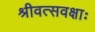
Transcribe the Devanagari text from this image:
श्रीवत्सवक्षाः